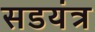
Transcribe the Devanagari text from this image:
सडयंत्र